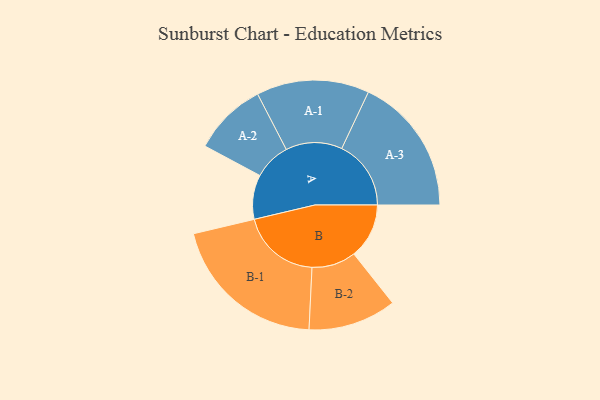
{"axis": {"x": "Segment", "y": "Value"}, "legend": ["", "A", "B"], "data": [{"x": "A", "y": 148, "type": ""}, {"x": "B", "y": 184, "type": ""}, {"x": "A-1", "y": 188, "type": "A"}, {"x": "A-2", "y": 123, "type": "A"}, {"x": "A-3", "y": 231, "type": "A"}, {"x": "B-1", "y": 264, "type": "B"}, {"x": "B-2", "y": 147, "type": "B"}]}